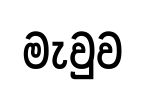
මැවුව